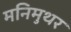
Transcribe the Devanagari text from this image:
मनिमुथर